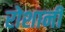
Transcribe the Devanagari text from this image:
रोशानी